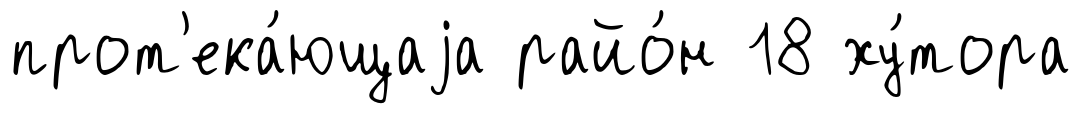
прот'ека́ющаjа райо́н 18 ху́тора